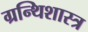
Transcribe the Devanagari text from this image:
ग्रन्थिशास्त्र